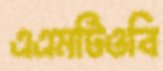
এএমটিওবি